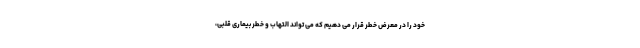
خود را در معرض خطر قرار می دهیم که می تواند التهاب و خطر بیماری قلبی،